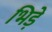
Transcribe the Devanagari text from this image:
भिड़ें